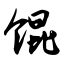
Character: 馄